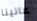
عانينا